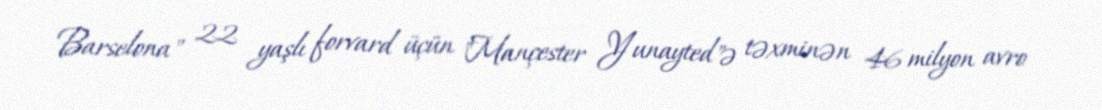
Barselona" 22 yaşlı forvard üçün "Mançester Yunayted"ə təxminən 46 milyon avro